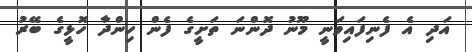
އަދި އެ ފެނިފައިވަނީ މޫނު ދޮންނަ ތަށީގެ ފެން ހިންދާ ހޮޅީގެ ބޭރު